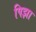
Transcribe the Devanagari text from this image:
पिझा